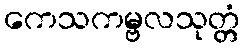
ကေသကမ္ဗလသုတ္တံ